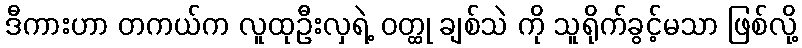
ဒီကားဟာ တကယ်က လူထုဦးလှရဲ့ ဝတ္ထု ချစ်သဲ ကို သူရိုက်ခွင့်မသာ ဖြစ်လို့